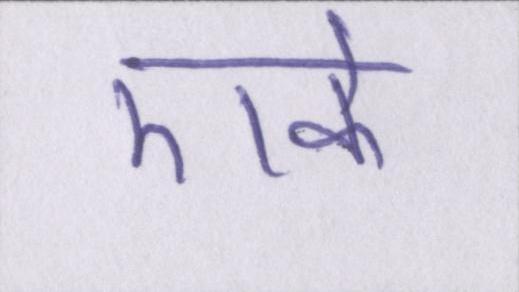
एके